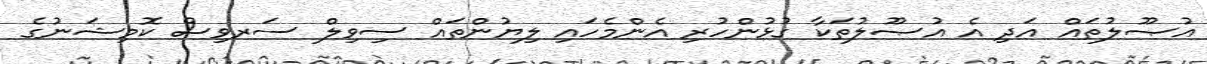
އުޞޫލުތައް އަދި އެ އުޞޫލުތަކާ ގުޅުންހުރި އެންމެހައި ލިޔުންތައް ސިވިލް ސަރވިސް ކޮމިޝަނުގެ